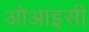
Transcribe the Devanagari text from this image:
ओआइसी